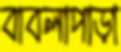
বাবলাপাড়া